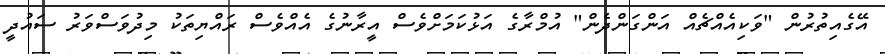
އޭގެއިތުރުން "ވަކިއެއްޗެއް އަންގަންދެން" އުމްރާގެ އަޅުކަމަށްވެސް އީރާނުގެ އެއްވެސް ރައްޔިތަކު މިދުވަސްވަރު ސައުދީ